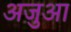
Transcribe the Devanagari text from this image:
अजुआ